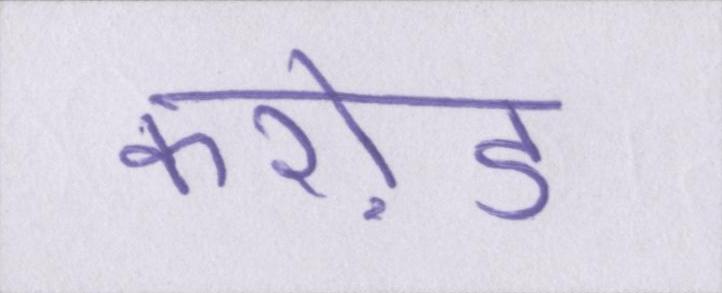
करो़ड